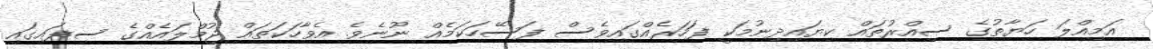
އަމިއްލަ ހަޔާތުގެ ސިއްރުތައް ކިޔައިދިނުމަކީ ފަހަރެއްގައިވެސް ފަސޭހަކަމެއް ނޫނެވެ. އެވާހަކަތައް ޖުމްލައެއްގެ ސިފައިގައި